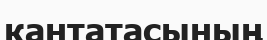
кантатасының